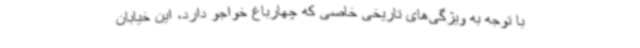
با توجه به ویژگی‌های تاریخی خاصی که چهارباغ خواجو دارد، این خیابان